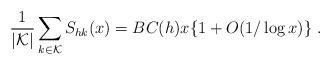
\begin{align*}\frac{1}{|{\mathcal K}|}\sum_{k\in {\mathcal K}}S_{hk}(x) =BC(h)x\{1+O(1/\log x)\}\ . \end{align*}